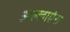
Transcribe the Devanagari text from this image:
अल्लाएंस